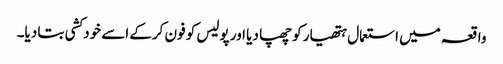
واقعہ میں استعمال ہتھیار کو چھپا دیا اور پولیس کو فون کرکے اسے خودکشی بتا دیا۔